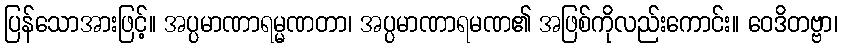
ပြန်သောအားဖြင့်။ အပ္ပမာဏာရမ္မဏတာ၊ အပ္ပမာဏာရမဏ၏ အဖြစ်ကိုလည်းကောင်း။ ဝေဒိတဗ္ဗာ၊